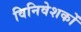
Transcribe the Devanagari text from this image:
विनिवेशकों